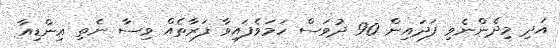
އަދި މިދެންނެވި ފަދައިން 90 ދުވަސް ހަމަވެފައިވާ ފަރާތެއް ވިސާ ނެތި އިންޑިއާ